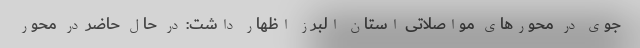
جوی در محورهای مواصلاتی استان البرز اظهار داشت: در حال حاضر در محور